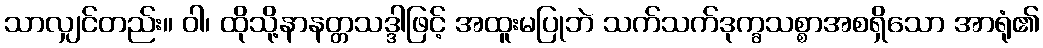
သာလျှင်တည်း။ ဝါ၊ ထိုသို့နာနတ္တသဒ္ဒါဖြင့် အထူးမပြုဘဲ သက်သက်ဒုက္ခသစ္စာအစရှိသော အာရုံ၏